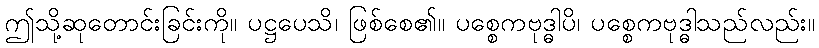
ဤသို့ဆုတောင်းခြင်းကို။ ပဋ္ဌပေသိ၊ ဖြစ်စေ၏။ ပစ္စေကဗုဒ္ဓါပိ၊ ပစ္စေကဗုဒ္ဓါသည်လည်း။